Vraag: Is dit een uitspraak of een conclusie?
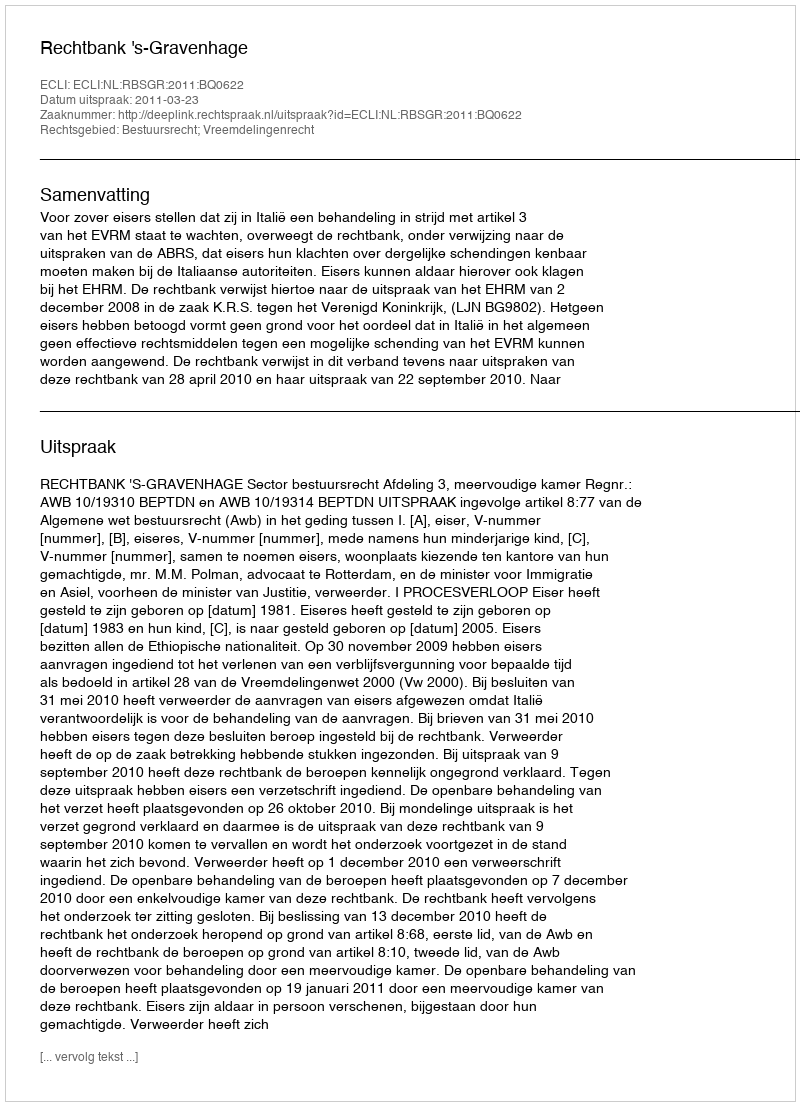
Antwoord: Uitspraak